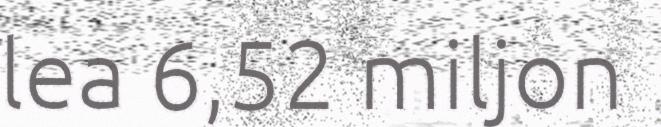
lea 6,52 miljon